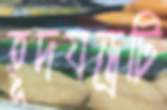
হূদযন্ত্রটি